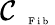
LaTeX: \mathcal{C}_{\mathrm{~\tiny~\textnormal~{~F~i~b~}~}}